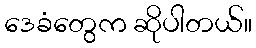
ဒေခံတွေက ဆိုပါတယ်။